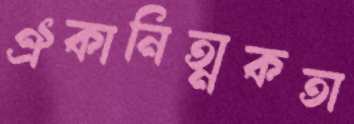
ঐকানিত্মকতা